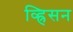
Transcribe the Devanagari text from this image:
व्ह्रिसन